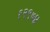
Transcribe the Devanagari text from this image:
१२९७४